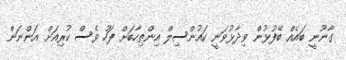
ގާނޫނީ ބައެއް ބޭފުޅުން ވިދާޅުވަނީ ކައުންސިލް އިންތިހާބަށް ފަހު ވެސް ކުރިއަށް އަންނަން